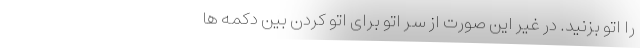
را اتو بزنید. در غیر این صورت از سر اتو برای اتو کردن بین دکمه ها